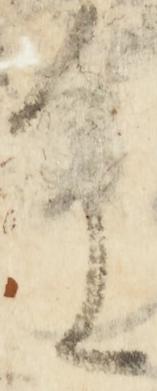
重